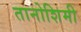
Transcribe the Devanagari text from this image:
तानोशिमी